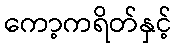
ကော့ကရိတ်နှင့်